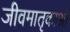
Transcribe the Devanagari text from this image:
जीवमातृकाओं